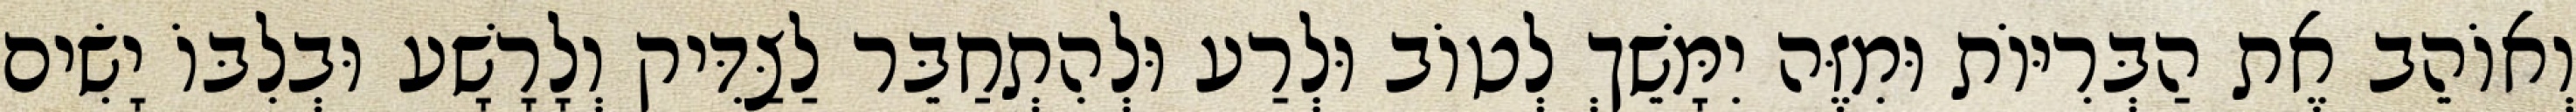
וְאוֹהֵב אֶת הַבְּרִיּוֹת וּמִזֶּה יִמָּשֵׁךְ לְטוֹב וּלְרַע וּלְהִתְחַבֵּר לַצַּדִּיק וְלָרָשָׁע וּבְלִבּוֹ יָשִׂים